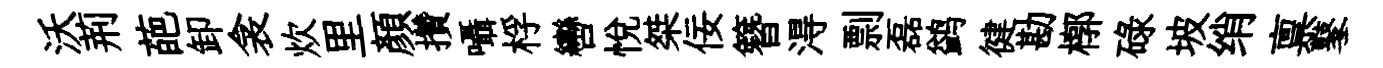
沃荊葩卸衾炊里顔攢囁桴轡悦桀佞簪淂剽磊鹢徤勘槨碌坡绡禀鼕